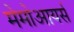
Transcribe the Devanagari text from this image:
मेमोआयर्स